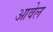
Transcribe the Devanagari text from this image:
आवेल